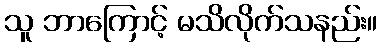
သူ ဘာကြောင့် မသိလိုက်သနည်း။